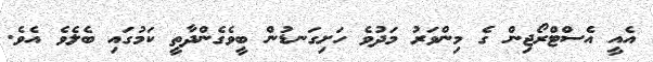
އެއީ އެސްޓްރޯޖިން ގެ މިންވަރު މަދުވެ ހަށިގަނޑުން ބީވެގެންދާތީ ކަމުގައި ބެލެވެ އެވެ.